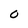
Character: 0